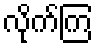
လိုက်ကြ